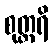
စုတ္တရိ